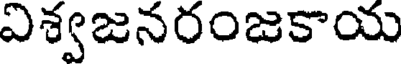
విశ్వజనరంజకాయ